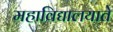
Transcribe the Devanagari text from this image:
महाविद्यालयाते